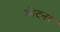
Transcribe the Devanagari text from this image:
क्रीटनर